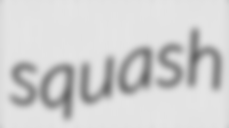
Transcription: squash